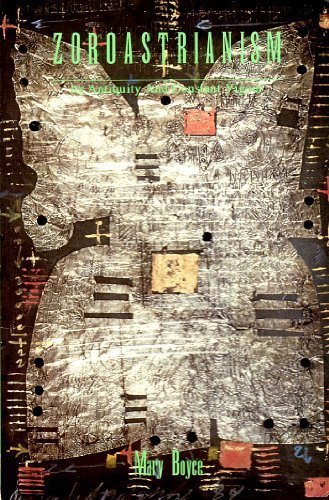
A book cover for Zoroastrianism: Its Antiquity and Constant Vigour (Columbia Lectures on Iranian Studies); Mary Boyce; Religion & Spirituality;